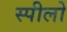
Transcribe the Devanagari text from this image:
स्पीलो